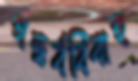
গন্ধর্ববিবাহ